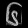
Digit: ၆